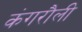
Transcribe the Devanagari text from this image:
कंगरौली